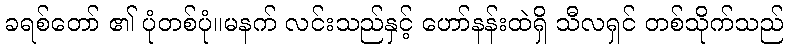
ခရစ်တော် ၏ ပုံတစ်ပုံ။မနက် လင်းသည်နှင့် ဟော်နန်းထဲရှိ သီလရှင် တစ်သိုက်သည်